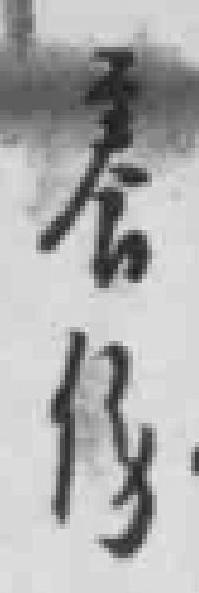
養傷